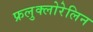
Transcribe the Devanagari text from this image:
फ्रलुक्लोरेलिन